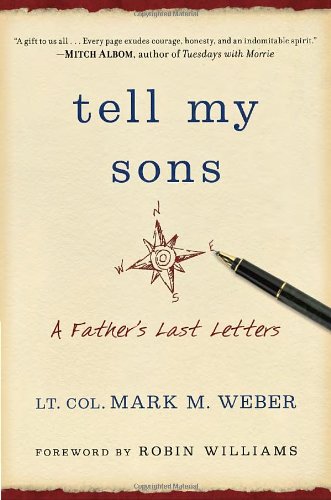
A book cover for Tell My Sons: A Father's Last Letters; Lt. Col. Mark Weber; Parenting & Relationships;